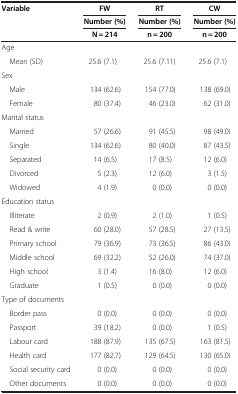
| <ROWSPAN=3> Variable | FW | RT | CW |
 | Number (%) | Number (%) | Number (%) |
 | N = 214 | n = 200 | n = 200 |
 | --- | --- | --- | --- |
 | Age |  |  |  |
 | Mean (SD) | 25.6 (7.1) | 25.6 (7.11) | 25.6 (7.1) |
 | Sex |  |  |  |
 | Male | 134 (62.6) | 154 (77.0) | 138 (69.0) |
 | Female | 80 (37.4) | 46 (23.0) | 62 (31.0) |
 | Marital status |  |  |  |
 | Married | 57 (26.6) | 91 (45.5) | 98 (49.0) |
 | Single | 134 (62.6) | 80 (40.0) | 87 (43.5) |
 | Separated | 14 (6.5) | 17 (8.5) | 12 (6.0) |
 | Divorced | 5 (2.3) | 12 (6.0) | 3 (1.5) |
 | Widowed | 4 (1.9) | 0 (0.0) | 0 (0.0) |
 | Education status |  |  |  |
 | Illiterate | 2 (0.9) | 2 (1.0) | 1 (0.5) |
 | Read & write | 60 (28.0) | 57 (28.5) | 27 (13.5) |
 | Primary school | 79 (36.9) | 73 (36.5) | 86 (43.0) |
 | Middle school | 69 (32.2) | 52 (26.0) | 74 (37.0) |
 | High school | 3 (1.4) | 16 (8.0) | 12 (6.0) |
 | Graduate | 1 (0.5) | 0 (0.0) | 0 (0.0) |
 | Type of documents |  |  |  |
 | Border pass | 0 (0.0) | 0 (0.0) | 0 (0.0) |
 | Passport | 39 (18.2) | 0 (0.0) | 1 (0.5) |
 | Labour card | 188 (87.9) | 135 (67.5) | 163 (81.5) |
 | Health card | 177 (82.7) | 129 (64.5) | 130 (65.0) |
 | Social security card | 0 (0.0) | 0 (0.0) | 0 (0.0) |
 | Other documents | 0 (0.0) | 0 (0.0) | 0 (0.0) |